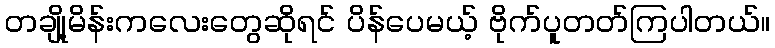
တချို့မိန်းကလေးတွေဆိုရင် ပိန်ပေမယ့် ဗိုက်ပူတတ်ကြပါတယ်။